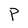
Character: P